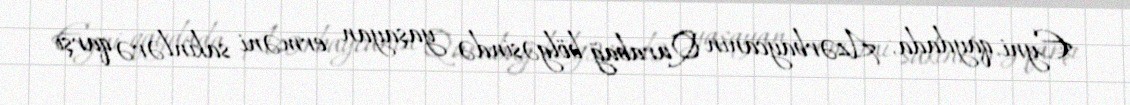
Eyni qaydada, Azərbaycanın Qarabağ bölgəsində yaşayan erməni sakinlərə qarşı